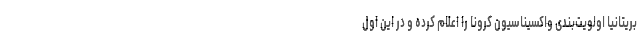
بریتانیا اولویت‌بندی واکسیناسیون کرونا را اعلام کرده و در این اول